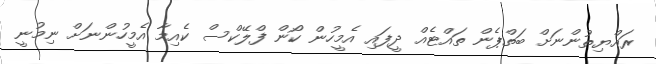
ރައްޔިތުންނަށް ބަތްޕެން ތައްޓެއް ދީފައި އެމީހުން ކޯން ފްލޭކްްސް ކެއިމާ އެމީހުންނަށް ނިމުނީ